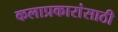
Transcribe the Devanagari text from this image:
कलाप्रकारांसाठी